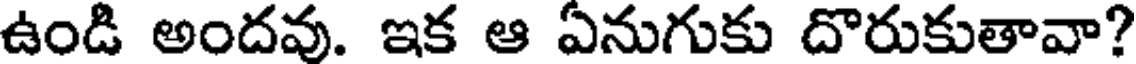
ఉండి అందవు. ఇక ఆ ఏనుగుకు దొరుకుతావా?